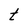
Character: t